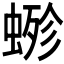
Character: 𧍿